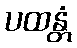
ပထန္တံ